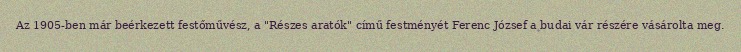
Az 1905-ben már beérkezett festőművész, a "Részes aratók" című festményét Ferenc József a budai vár részére vásárolta meg.